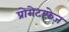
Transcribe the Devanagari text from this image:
प्रोमेटाफ़ेज़